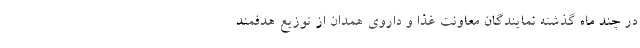
در چند ماه گذشته نمایندگان معاونت غذا و داروی همدان از توزیع هدفمند